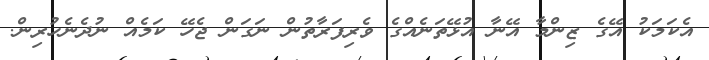
އެކަމަކު އޭގެ ޒިންމާ އޭނާ އުޅޭތަނެއްގެ ވެރިފަރާތުން ނަގަން ޖެހޭ ކަމެއް ނުދެނެހުރިން.